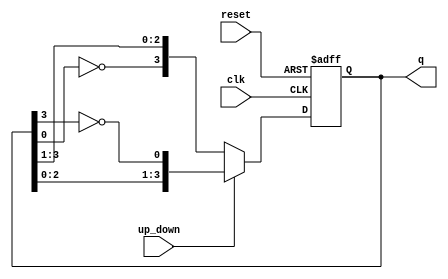
module Bidirectional_Johnson_Counter (
    input wire clk,              // Clock signal
    input wire reset,            // Reset signal
    input wire up_down,          // Control signal: 1 for up, 0 for down
    output reg [n-1:0] q         // Output state of the counter
);
    parameter n = 4;             // Number of bits in the Johnson counter

    always @(posedge clk or posedge reset) begin
        if (reset) begin
            q <= {n{1'b0}};      // Reset the counter to 0
        end else begin
            if (up_down) begin   // Counting up
                q <= {q[n-2:0], ~q[n-1]}; // Shift right and feedback inverted last bit
            end else begin        // Counting down
                q <= {~q[0], q[n-1:1]}; // Shift left and feedback inverted first bit
            end
        end
    end
endmodule